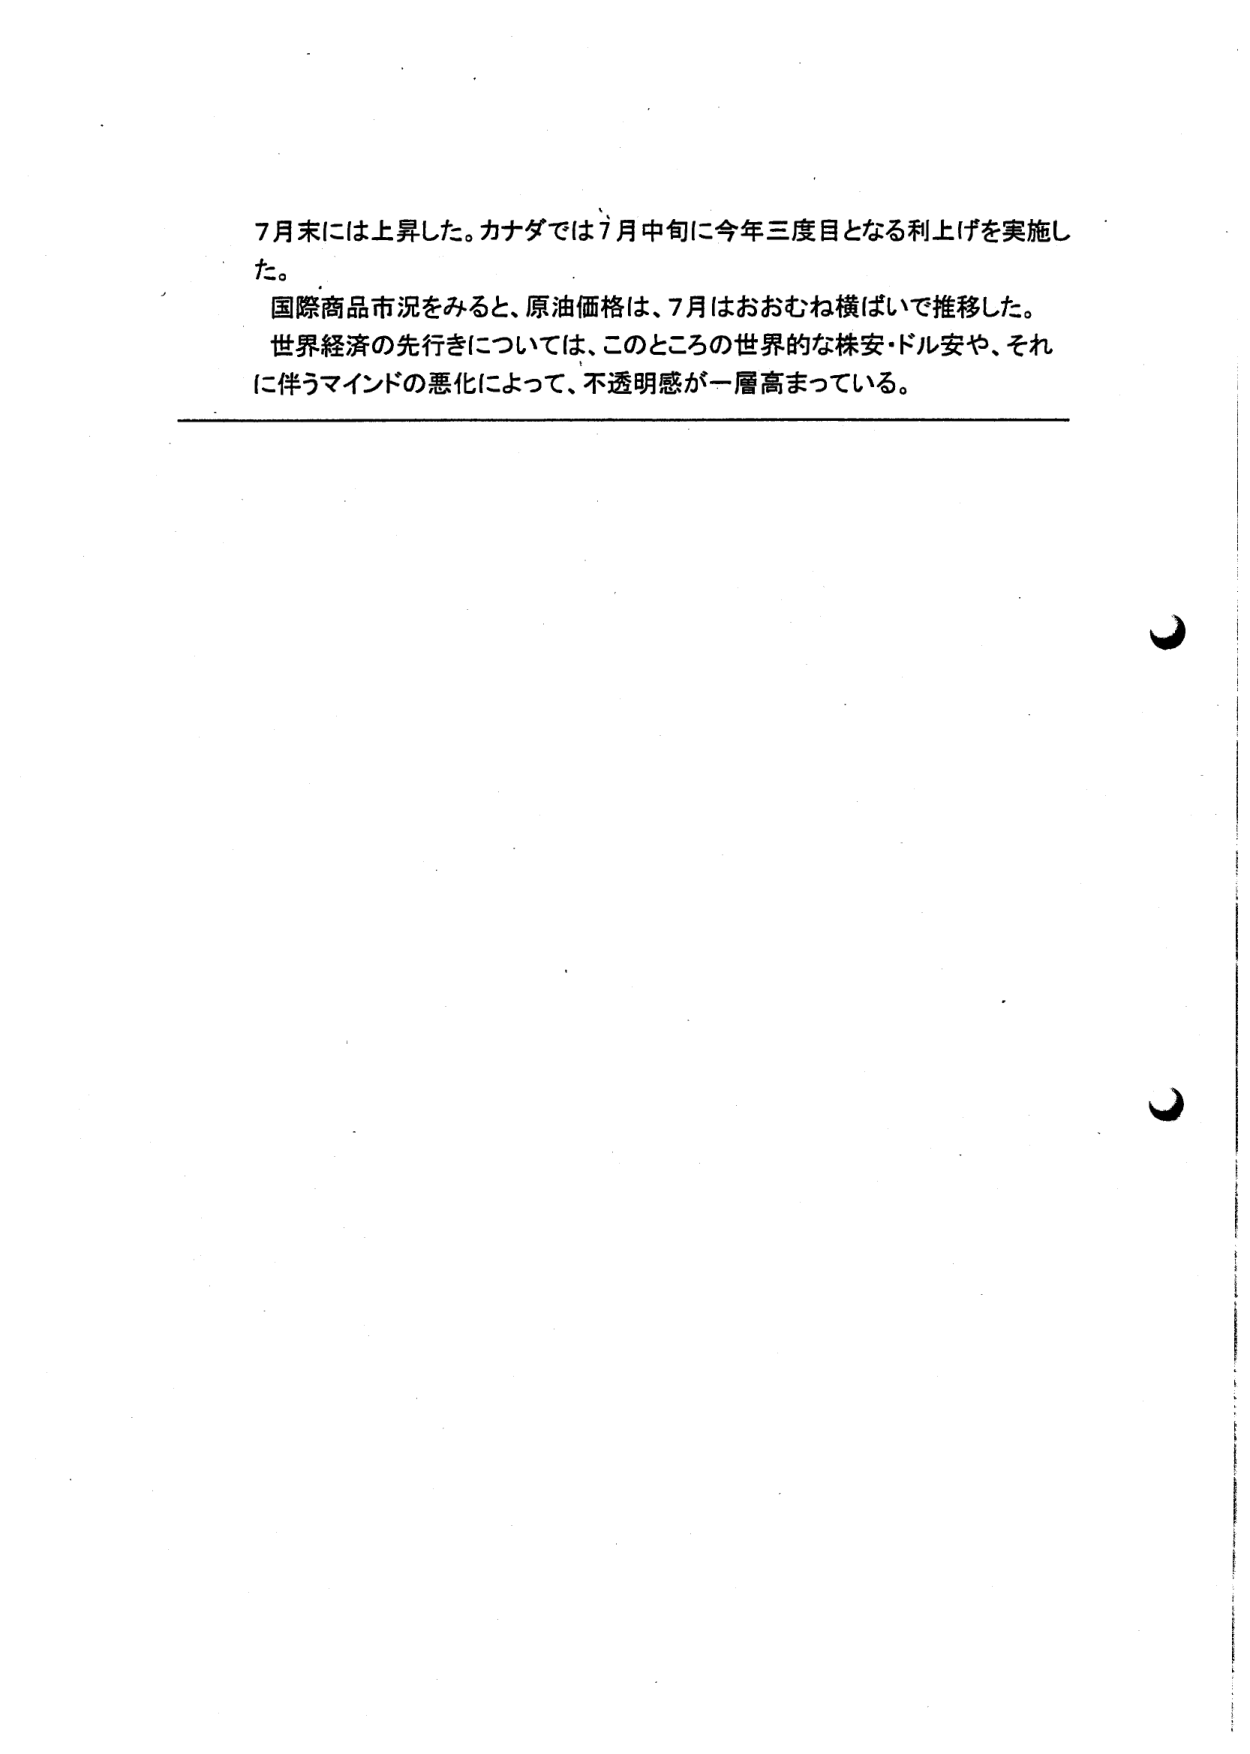
7月末には上昇した。カナダでは7月中旬に今年三度目となる利上げを実施した。
国際商品市況をみると、原油価格は、7月はおおむね横ばいで推移した。
世界経済の先行きについては、このところの世界的な株安・ドル安や、それに伴うマインドの悪化によって、不透明感が一層高まっている。